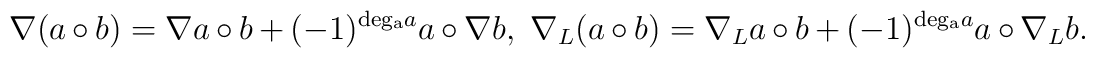
\nabla(a\circ b)=\nabla a\circ b+(-1)^{{\rm deg_a}a}a\circ \nabla b,\ \nabla_L(a\circ b)=\nabla_La\circ b+(-1)^{{\rm deg_a}a}a\circ \nabla_Lb.\nonumber